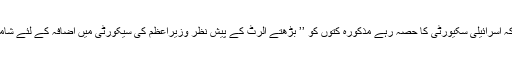
انہوں نے بتایا کہ اسرائیلی سکیورٹی کا حصہ رہے مذکورہ کتوں کو ’’ بڑھتے الرٹ کے پیش نظر وزیراعظم کی سیکورٹی میں اضافہ کے لئے شامل کیاجارہا ہے۔